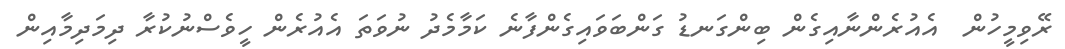
ރޭވިމީހުން  އެއުރެންނާއިގެން ބިންގަނޑު ގަންބަވައިގެންފާނެ ކަމާމެދު ނުވަތަ އެއުރެން ހީވެސްނުކުރާ ދިމަދިމާއިން